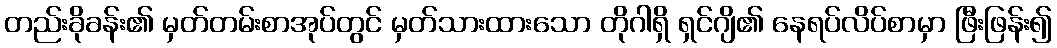
တည်းခိုခန်း၏ မှတ်တမ်းစာအုပ်တွင် မှတ်သားထားသော တိုဂါရှိ ရှင်ဂျိ၏ နေရပ်လိပ်စာမှာ ဖြီးဖြန်း၍